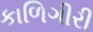
કાળિગીરી